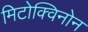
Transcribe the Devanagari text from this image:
मिटोक्विनोन